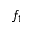
f _ { 1 }